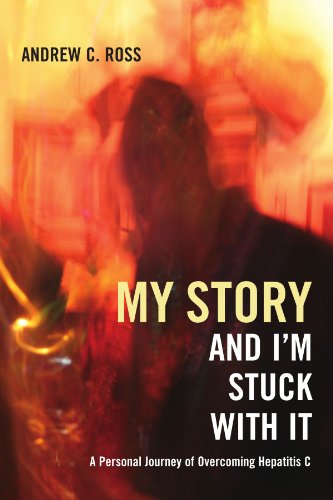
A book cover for My Story And I'M Stuck With It: A Personal Journey Of Overcoming Hepatitis C; Andrew C. Ross; Health, Fitness & Dieting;